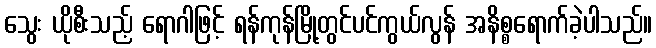
သွေး ယိုစီးသည့် ရောဂါဖြင့် ရန်ကုန်မြို့တွင်ပင်ကွယ်လွန် အနိစ္စရောက်ခဲ့ပါသည်။